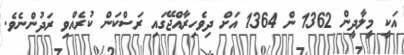
އަކީ މީލާދީން 1362 ން 1364 އަށް ދިވެހިރާއްޖޭގައި ރަސްކަން ކުރެއްވި ރަދުންނެވެ.